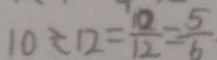
1 0 \div 1 2 = \frac { 1 0 } { 1 2 } = \frac { 5 } { 6 }